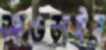
আওড়াইব